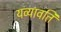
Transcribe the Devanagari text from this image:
यव्यावति